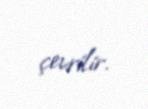
çevrilir.